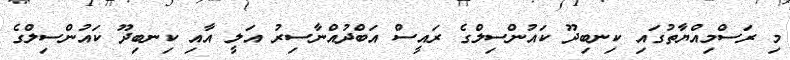
މި ރަސްމިއްޔާތުގައި ކިނބިދޫ ކައުންސިލްގެ ރައީސް އަބްދުއްނާސިރު އަލީ އާއި ކިނބިދޫ ކައުންސިލްގެ